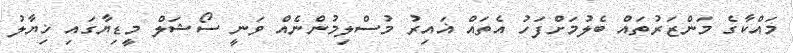
މައްކާގެ މަންޒަރުތައް ބެލުމަށްފަހު އެތައް ޣައިރު މުސްލިމުންނެއް ވަނީ ސޯޝަލް މީޑިޔާގައި ޚިޔާލު